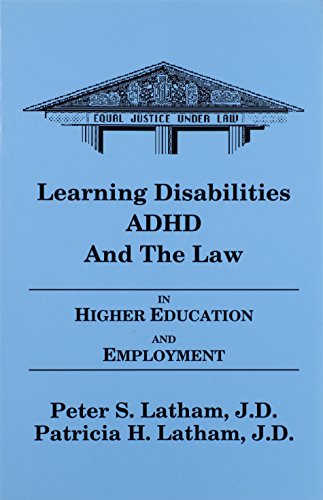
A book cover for Learning Disabilities/ADHD and the Law in Higher Education and Employment; Peter S. Latham; Law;